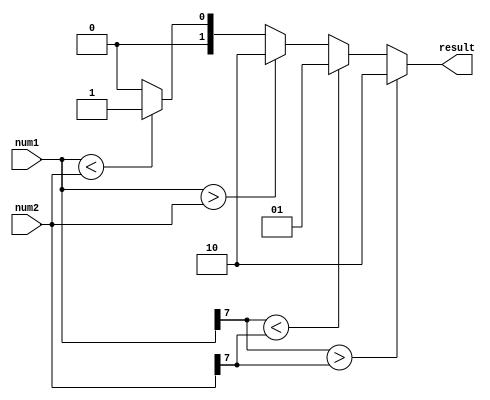
module signed_magnitude_comparator(
    input signed [7:0] num1,
    input signed [7:0] num2,
    output reg [1:0] result
);

always @(*)
begin
    if(num1[7] > num2[7]) // check sign bit
        result = 2'b10; // num1 greater than num2
    else if(num1[7] < num2[7])
        result = 2'b01; // num1 less than num2
    else // if sign bits are equal
    begin
        if(num1 > num2)
            result = 2'b10; // num1 greater than num2
        else if(num1 < num2)
            result = 2'b01; // num1 less than num2
        else
            result = 2'b00; // num1 equal to num2
    end
end

endmodule